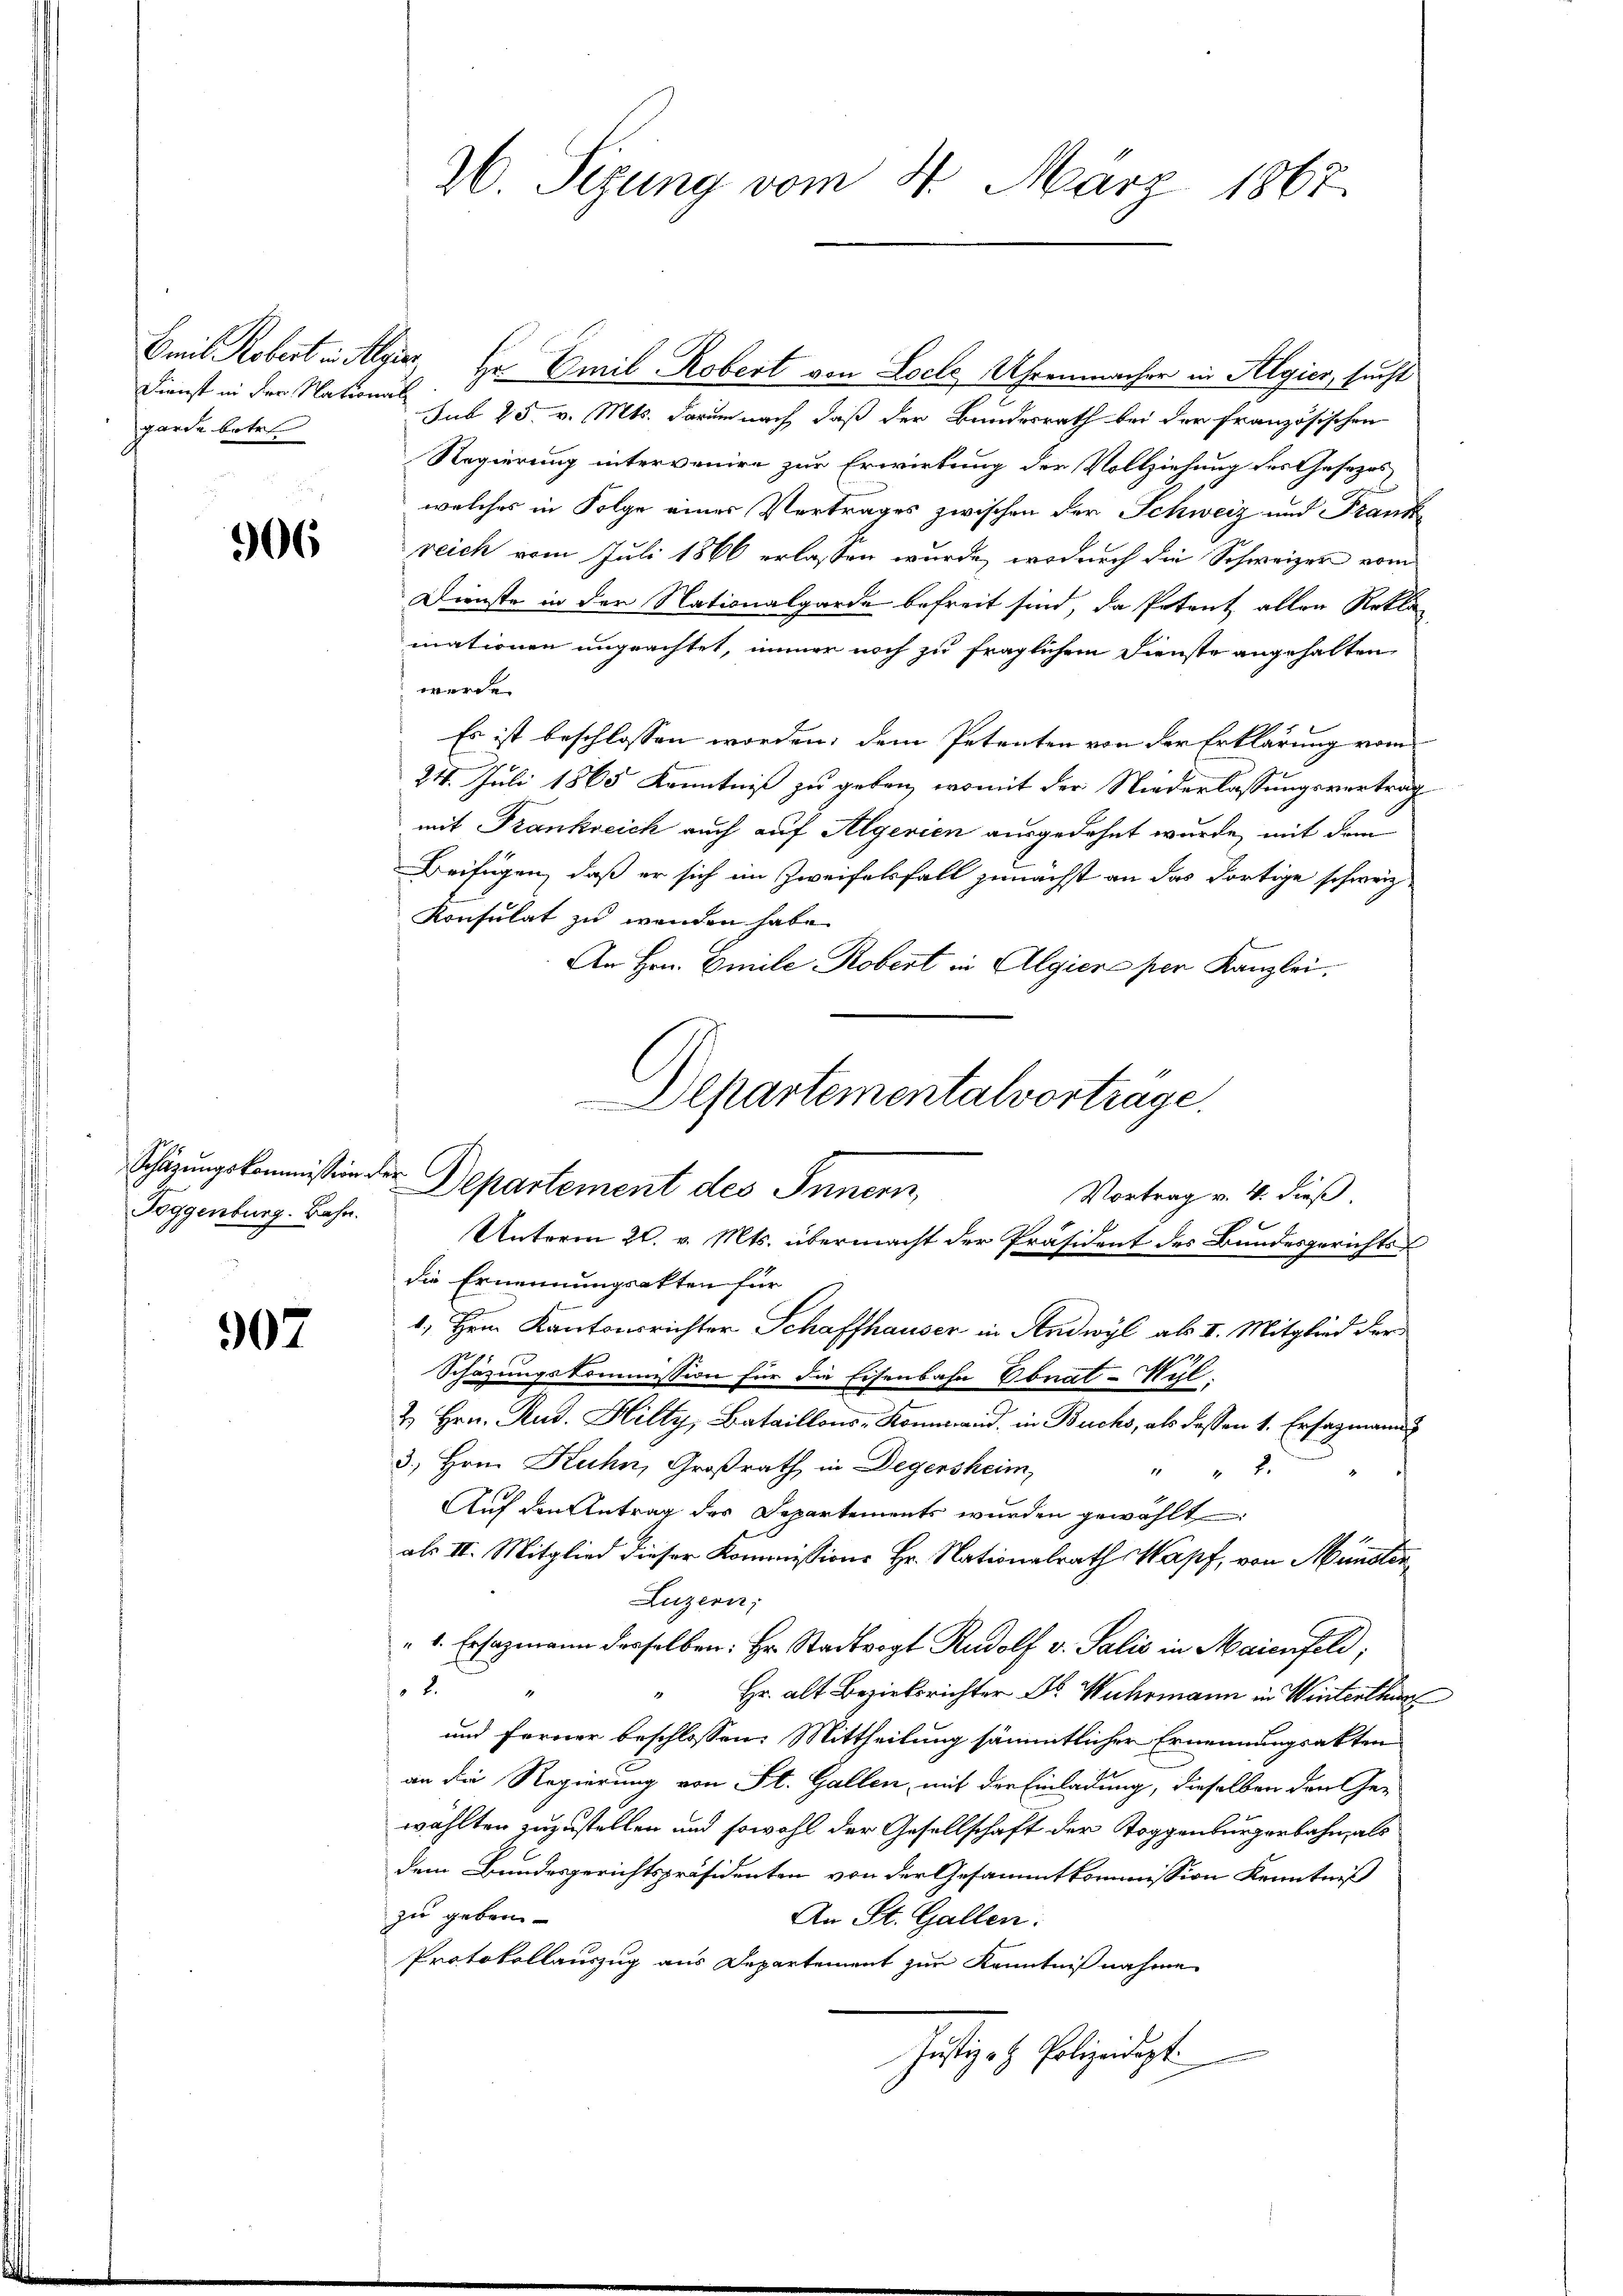
Dienst in der National
garde bote

906

Toggenburg. Bahn.

907

Smit Robert in Algier, Hr. Emil Robert von Loel Uhrenmacher in Algier, sucht
sub 25. v. Mts. darum nach daß der Bundesrath bei der französischen
Regierung intervenire zur Erwirkung der Vollziehung des Gesezes
welches in Folge eines Vertrages zwischen der Schweiz und Frankreich vom Juli 1866 erlassen wurde, wodurch die Schweizer vom
Dienste in den Nationalgarde befreit sind, da Petent allen Rekla
mationen ungeachtet, immer noch zu fraglichem Dienste angehalten,
werde.
Es ist beschlossen worden; dem Petenten von der Erklärung vom
24. Juli 1865 Kenntniß zu geben, womit der Niederlassungsvertrag
mit Frankreich auch auf Algerien ausgedehnt wurde, mit dem
Beifügen, daß er sich im Zweifelsfall zunächst an das dortige schweiz.
Konsulat zu wenden habe.
An Hrn. Emile Robert in Algiere per Kanzlei,
Unterm 20. v. Mts. übermacht der Präsident des Bundesgerichts-
die Ernennungsakten für
1., Hrn. Kantonsrichter Schaffhauser in Andwyl als II. Mitglied der
Schazungskommission für die Eisenbahn Ebnat-Wül-
2. Hrn. Rud. Hilty, Bataillons-Komm wird, in Buchs, als deßen 1. Ersagmann
3., Hrn. Kuhn, Großrath in Degersheim,
 2
Auf den Antrag der Departements wurden gewählt
als II. Mitglied dieser Kommissions Hr. Nationalrath Wapf, von Münster
Luzern;
"1. Ersatzmann derselben: Hr. Stadtvogt Rudolf v. Salis in Maienfeld;
2.
 r. alt Bezirksrichter Wuhrmann in Winterth
und Ferner beschlossen: Mittheilung sämmtlicher Ernennungsakten
an die Regierung von St. Gallen, mit der Einladung, dieselben den Gewählten zuzustellen und sowohl der Gesellschaft der Toggenburgerbahn, als
dem Bundesgerichtspräsidenten von der Gesammtkommission Kenntniß
zu geben
An St. Gallen.
Protokollauszug aus Departement zur Kenntnißnahme
Justiges Polizeidigt.

26. Sizung vom 4. März 1867.

Departementalvorträge.
Schazungskommission der Departement des Innern,
Vortrag v. 4. dieß.